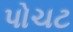
પોચટ